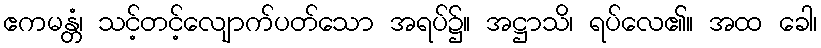
ဧကမန္တံ၊ သင့်တင့်လျောက်ပတ်သော အရပ်၌။ အဋ္ဌာသိ၊ ရပ်လေ၏။ အထ ခေါ၊